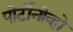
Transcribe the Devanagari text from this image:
पोर्टोनोव्हो